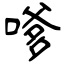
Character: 嗲